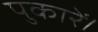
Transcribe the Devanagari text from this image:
पुकारें।